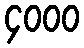
၄၀၀၀